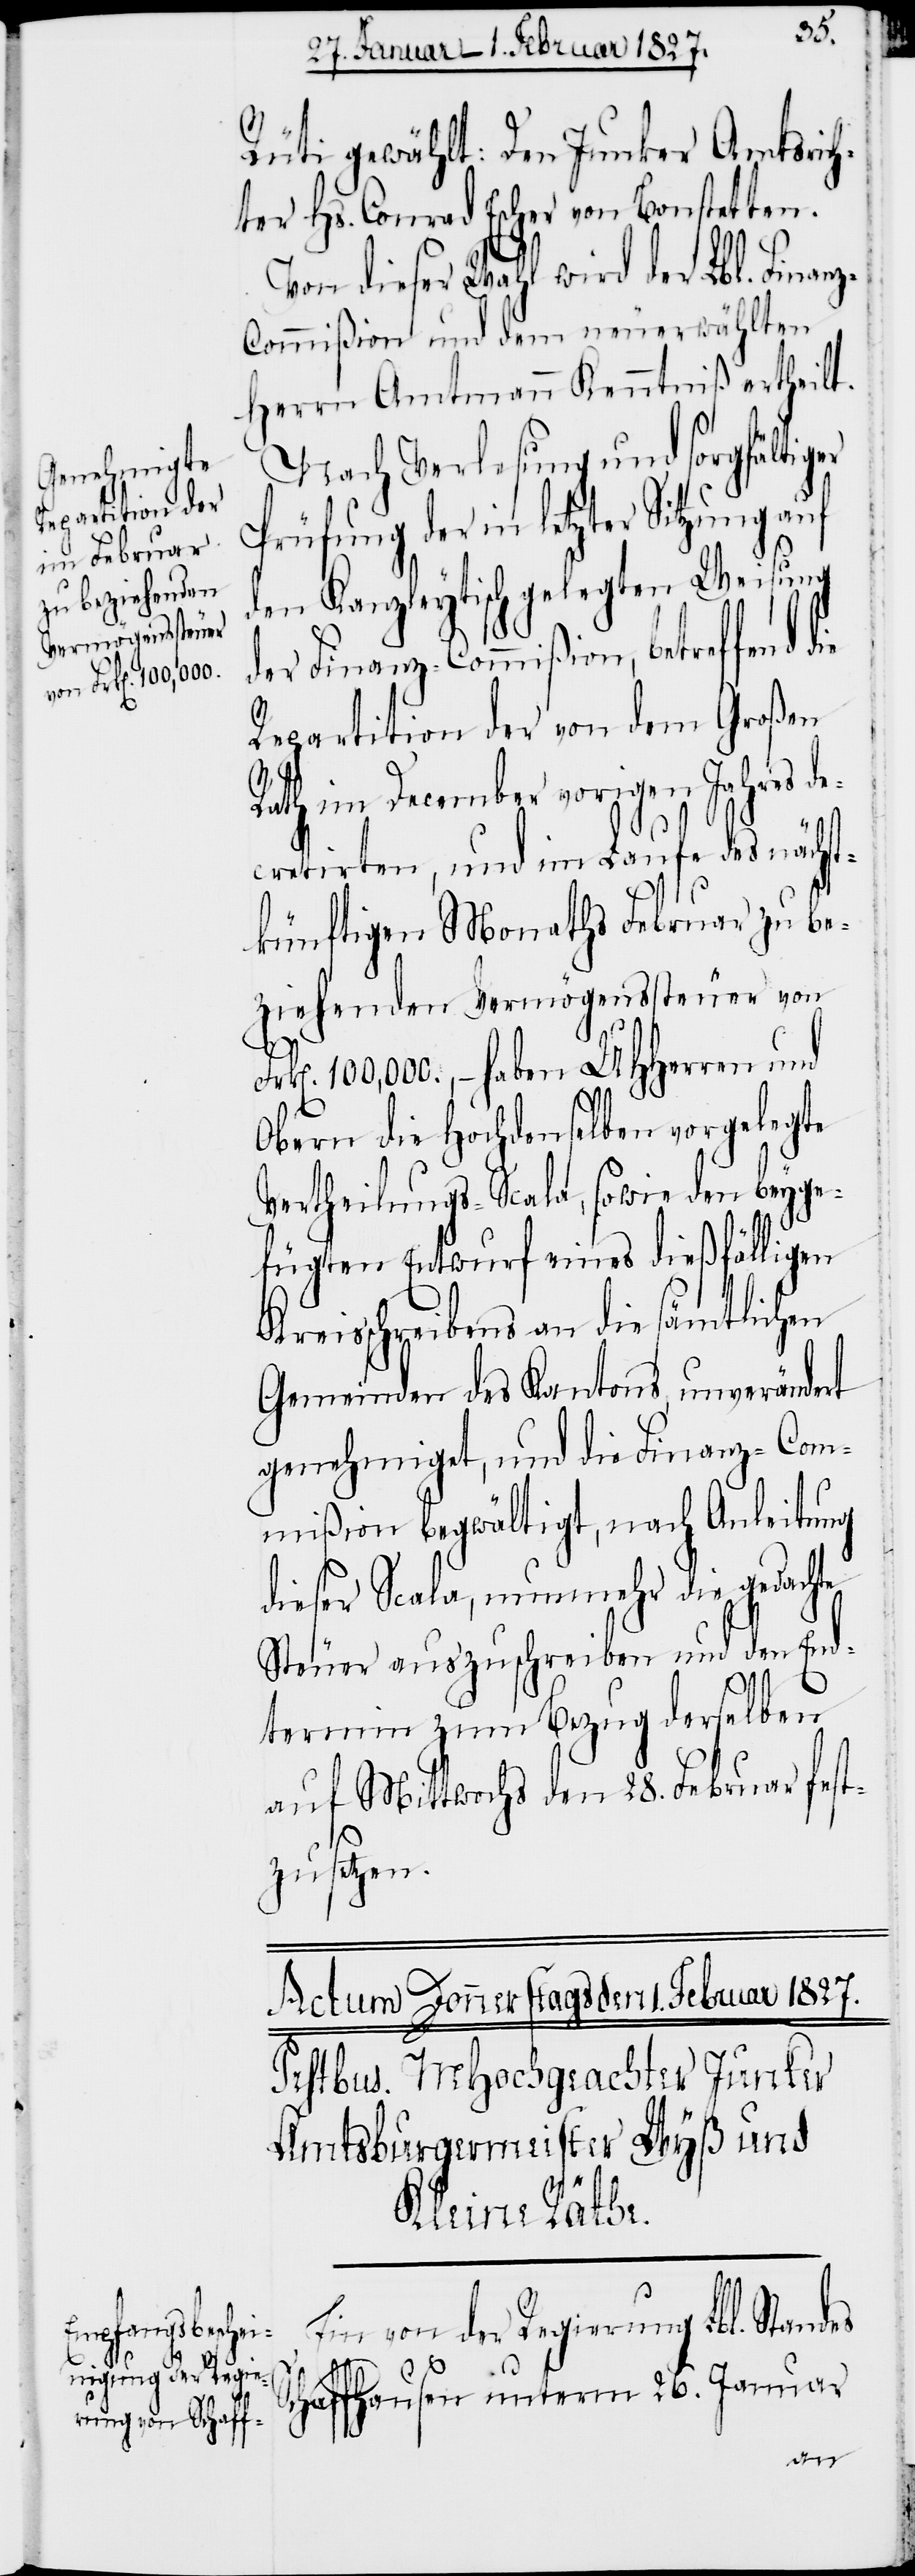
Rüti gewählt: Den Junker Amtsric¬
hter Hs. Conrad Escher von Bonstetten.
Von dieser Wahl wird der Lbl. Finan¬
z-Commißion und dem neuerwählten
Herrn Amtmann Kenntniß ertheilt.
Nach Verlesung und sorgfältiger
Prüfung der in letzter Sitzung auf
den Kanzleytisch gelegten Weisung
der Finanz-Commißion, betreffend
Repartition der von dem Großen
Rath im December vorigen Jahres de¬
cretirten, und im Laufe des nächst¬
künftigen Monaths Februar zu be¬
ziehenden Vermögenssteuer von
100,000., – haben UHHerren und
Obern die Hochdenselben vorgelegte
Vertheilungs-Scala, sowie den beyge¬
fügten Entwurf eines dießfälligen
Kreisschreibens an die sämtlichen
Gemeinden des Kantons, unverändert
genehmiget, und die Finanz-Com¬
mißion begwältigt, nach Anleitung
dieser Scala, nunmehr die gedachte
Steuer auszuschreiben und den End¬
termin zum Bezug derselben
auf Mittwochs den 28. Februar fest¬
zusetzen.
Ein von der Regierung Lbl. Standes
Schaffhausen unterm 26. Januar